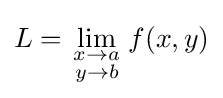
L=\lim _{\begin{smallmatrix}x\to a\\y\to b\end{smallmatrix}}f(x,y)